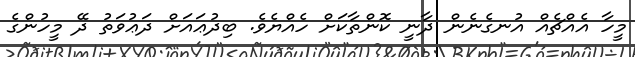
މީހާ އެއްޗެއް އުނގެނެން ދާނީ ކޮންތާކަށް ހެއްޔެވެ. ބިދުޢައަށް ދަޢުވަތު ދޭ މީހުންގެ